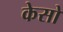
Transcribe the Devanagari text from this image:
केसो